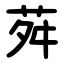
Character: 荈